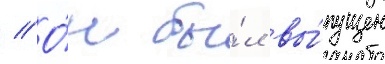
// О́н бы́л вы́пущен